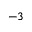
^ { - 3 }